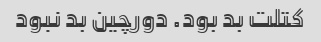
کتلت بد بود. دورچین بد نبود